Lunatic asylums Madras 1892-1911 - 1892-1911
Year: 1892
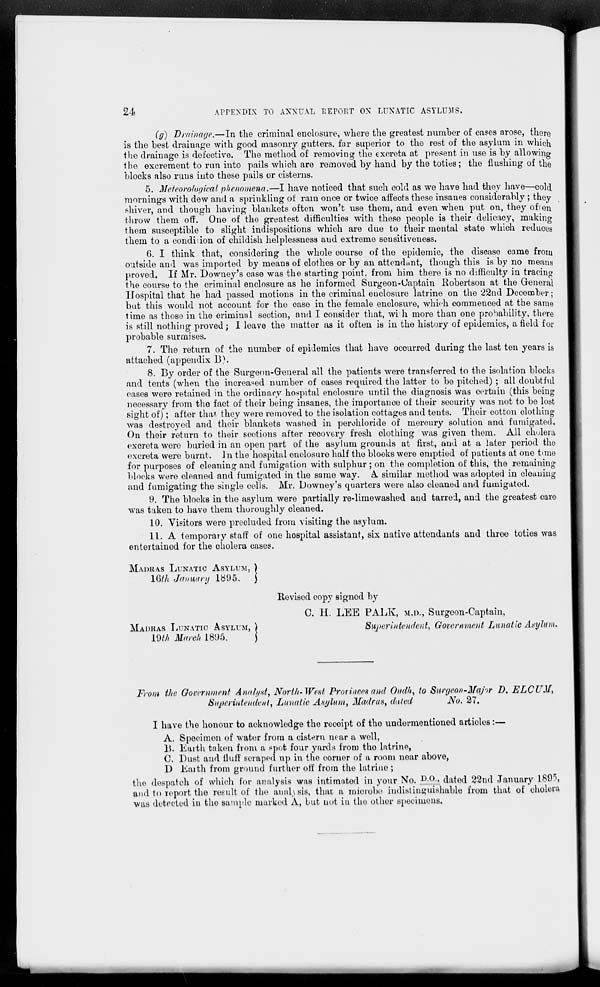
24
APPENDIX TO ANNUAL REPORT ON LUNATIC ASYLUMS.
(g) Drainage.—In the criminal enclosure, where the greatest number of cases arose, there
is the best drainage with good masonry gutters, far superior to the rest of the asylum in which
the drainage is defective. The method of removing the excreta at present in use is by allowing
the excrement to run into pails which are removed by hand by the toties; the flushing of the
blocks also runs into these pails or cisterns.
5. Meteorological phenomena.—I have noticed that such cold as we have had they have—cold
mornings with dew and a sprinkling of rain once or twice affects these insanes considerably ; they
shiver, and though having blankets often won't use them, and even when put on, they often
throw them off. One of the greatest difficulties with these people is their delicacy, making
them susceptible to slight indispositions which are due to their mental state which reduces
them to a condition of childish helplessness and extreme sensitiveness.
6. I think that, considering the whole course of the epidemic, the disease came from
outside and was imported by means of clothes or by an attendant, though this is by no means
proved. If Mr. Downey's case was the starting point, from him there is no difficulty in tracing
the course to the criminal enclosure as he informed Surgeon-Captain Robertson at the General
Hospital that he had passed motions in the criminal enclosure latrine on the 22nd December;
but this would not account for the case in the female enclosure, which commenced at the same
time as those in the criminal section, and I consider that, with more than one probability, there
is still nothing proved; I leave the matter as it often is in the history of epidemics, a field for
probable surmises.
7. The return of the number of epidemics that have occurred during the last ten years is
attached (appendix B).
8. By order of the Surgeon-Greneral all the patients were transferred to the isolation blocks
and tents (when the increased number of cases required the latter to be pitched) ; all doubtful
cases were retained in the ordinary hospital enclosure until the diagnosis was certain (this being
necessary from the fact of their being insanes, the importance of their security was not to be lost
sight of); after that- they were removed to the isolation cottages and tents. Their cotton clothing
was destroyed and their blankets washed in perchloride of mercury solution and fumigated.
On their return to their sections after recovery fresh clothing was given them. All cholera
excreta were buried in an open part of the asylum grounds at first, and at a later period the
excreta were burnt. In the hospital enclosure half the blocks were emptied of patients at one time
for purposes of cleaning and fumigation with sulphur; on the completion of this, the remaining
blocks were cleaned and fumigated in the same way. A similar method was adopted in cleaning
and fumigating the single cells. Mr. Downey's quarters were also cleaned and fumigated.
9. The blocks in the asylum were partially re-limewashed and tarred, and the greatest care
was taken to have them thoroughly cleaned.
10. Visitors were precluded from visiting the asylum.
11. A temporary staff of one hospital assistant, six native attendants and three toties was
entertained for the cholera cases.
MADRAS LUNATIC ASYLUM,
16th January
1895.
MADRAS LUNATIC ASYLUM,
19th March 1895.
Revised copy signed by
C. H. LEE PALK, M.D., Surgeon-Captain,
Superintendent, Government Lunatic Asylum.
From the Government Analyst, North-West Provinces and Oudh, to Surgeon-Major D. ELCUM,
Superintendent, Lunatic Asylum, Madras, dated
No. 27.
I have the honour to acknowledge the receipt of the undermentioned articles:—
A. Specimon of water from a cistern near a well,
B. Earth taken from a spot four yards from the latrine,
C. Dust and fluff scraped up in the corner of a room near above,
D. Earth from ground further off from the latrine ;
the despatch of which for analysis was intimated in your No. D.O., dated 22nd January 1895,
and to report the result of the analysis, that a mierobe indistinguishable from that of cholera
was detected in the sample marked A, but not in the other specimens.